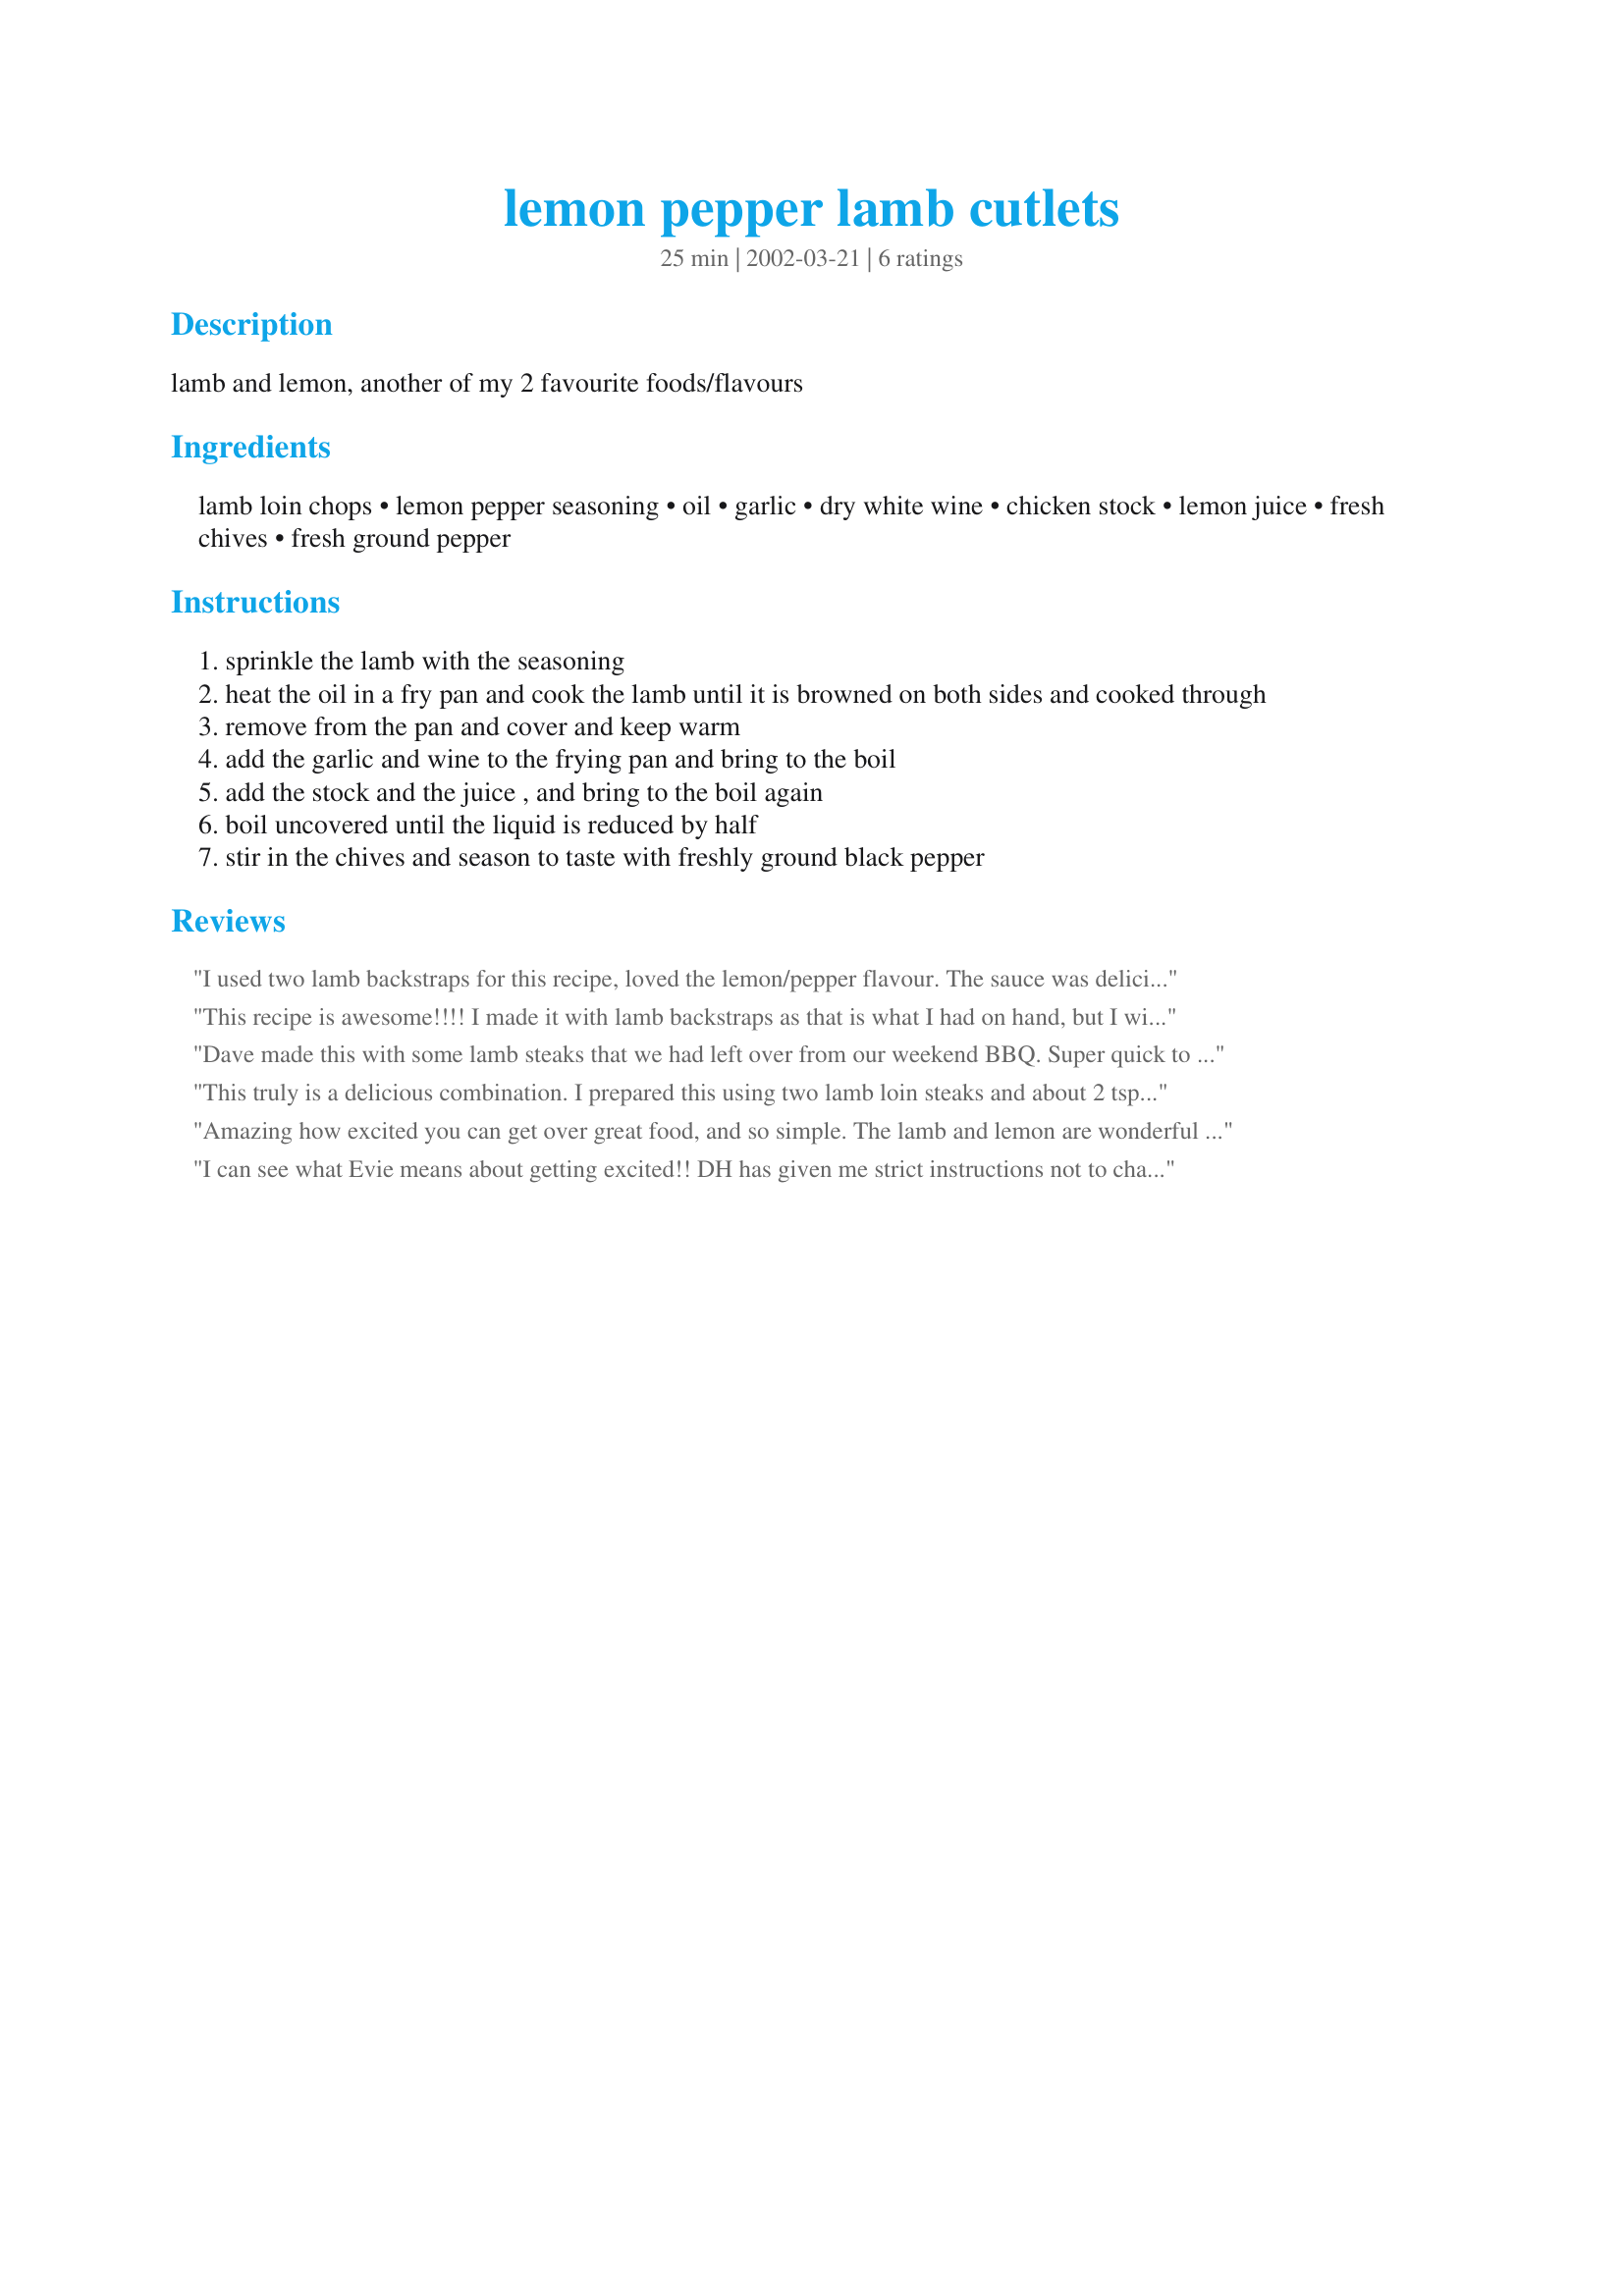
lemon pepper lamb cutlets
Preparation time: 25 minutes

lamb and lemon, another of my 2 favourite foods/flavours

Ingredients:
lamb loin chops, lemon pepper seasoning, oil, garlic, dry white wine, chicken stock, lemon juice, fresh chives, fresh ground pepper

Steps:
sprinkle the lamb with the seasoning
heat the oil in a fry pan and cook the lamb until it is browned on both sides and cooked through
remove from the pan and cover and keep warm
add the garlic and wine to the frying pan and bring to the boil
add the stock and the juice , and bring to the boil again
boil uncovered until the liquid is reduced by half
stir in the chives and season to taste with freshly ground black pepper

Reviews:
I used two lamb backstraps for this recipe, loved the lemon/pepper flavour. The sauce was delicious ....just after I snapped a photo I realised that I forgot to add the chives (I hate that!!!). Thanks Jan!
This recipe is awesome!!!! I made it with lamb backstraps as that is what I had on hand, but I will look forward to trying it with chops next time round.. I loved everything about this recipe from the lemon pepper seasoning to the yummy lemony sauce which was excellent... I served ours over couscous with asparagus and poured the sauce over and it was absolutely delicious. My hubby was still commenting on how good this was today and asking when I would be making it again.. A true winner Jan so simple and so delicious.. We devoured and loved every bite.. :)
Dave made this with some lamb steaks that we had left over from our weekend BBQ. Super quick to make, very tasty, no mess meal ;) Served with mashed potatoes. A definite make again keeper for us.
This truly is a delicious combination. I prepared this using two lamb loin steaks and about 2 tsp of the lemon pepper (but full amounts of everything else) and wouldn't change a thing. My "lemon sensitive" husband didn't find the flavor too much for him- the flavors, in my opinion, simply blend together and compliment one another beautifully. Thanks for posting!
Amazing how excited you can get over great food, and so simple.
The lamb and lemon are wonderful together, I used lamb steaks, and will definitely make this again.
I can see what Evie means about getting excited!! DH has given me strict instructions not to change a thing. (I have been known to tamper with a recipe,LOL) The blend is just wonderful. I used lamb the first time and twice since have used pork chops. Both taste great. I also am going to try the same with steak.....because we just love the flavour. Thanks Jan and maybe one day we will get to thank you in person. Cheers, JenT
